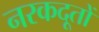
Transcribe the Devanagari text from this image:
नरकदूतों